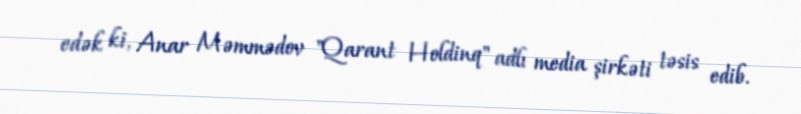
edək ki, Anar Məmmədov "Qarant Holdinq" adlı media şirkəti təsis edib.